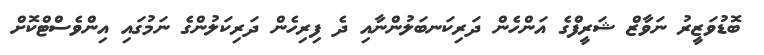
ބޮޑުވަޒީރު ނަވާޒް ޝަރީފްގެ އަންހެން ދަރިކަނބަލުންނާއި ދެ ފިރިހެން ދަރިކަލުންގެ ނަމުގައި އިންވެސްޓްކޮށް